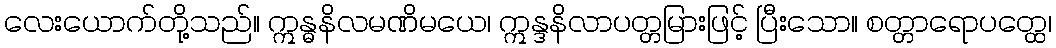
လေးယောက်တို့သည်။ ဣန္ဓနိလမဏိမယေ၊ ဣန္ဒနိလာပတ္တမြားဖြင့် ပြီးသော။ စတ္တာရောပတ္ထေ၊